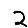
Digit: 2